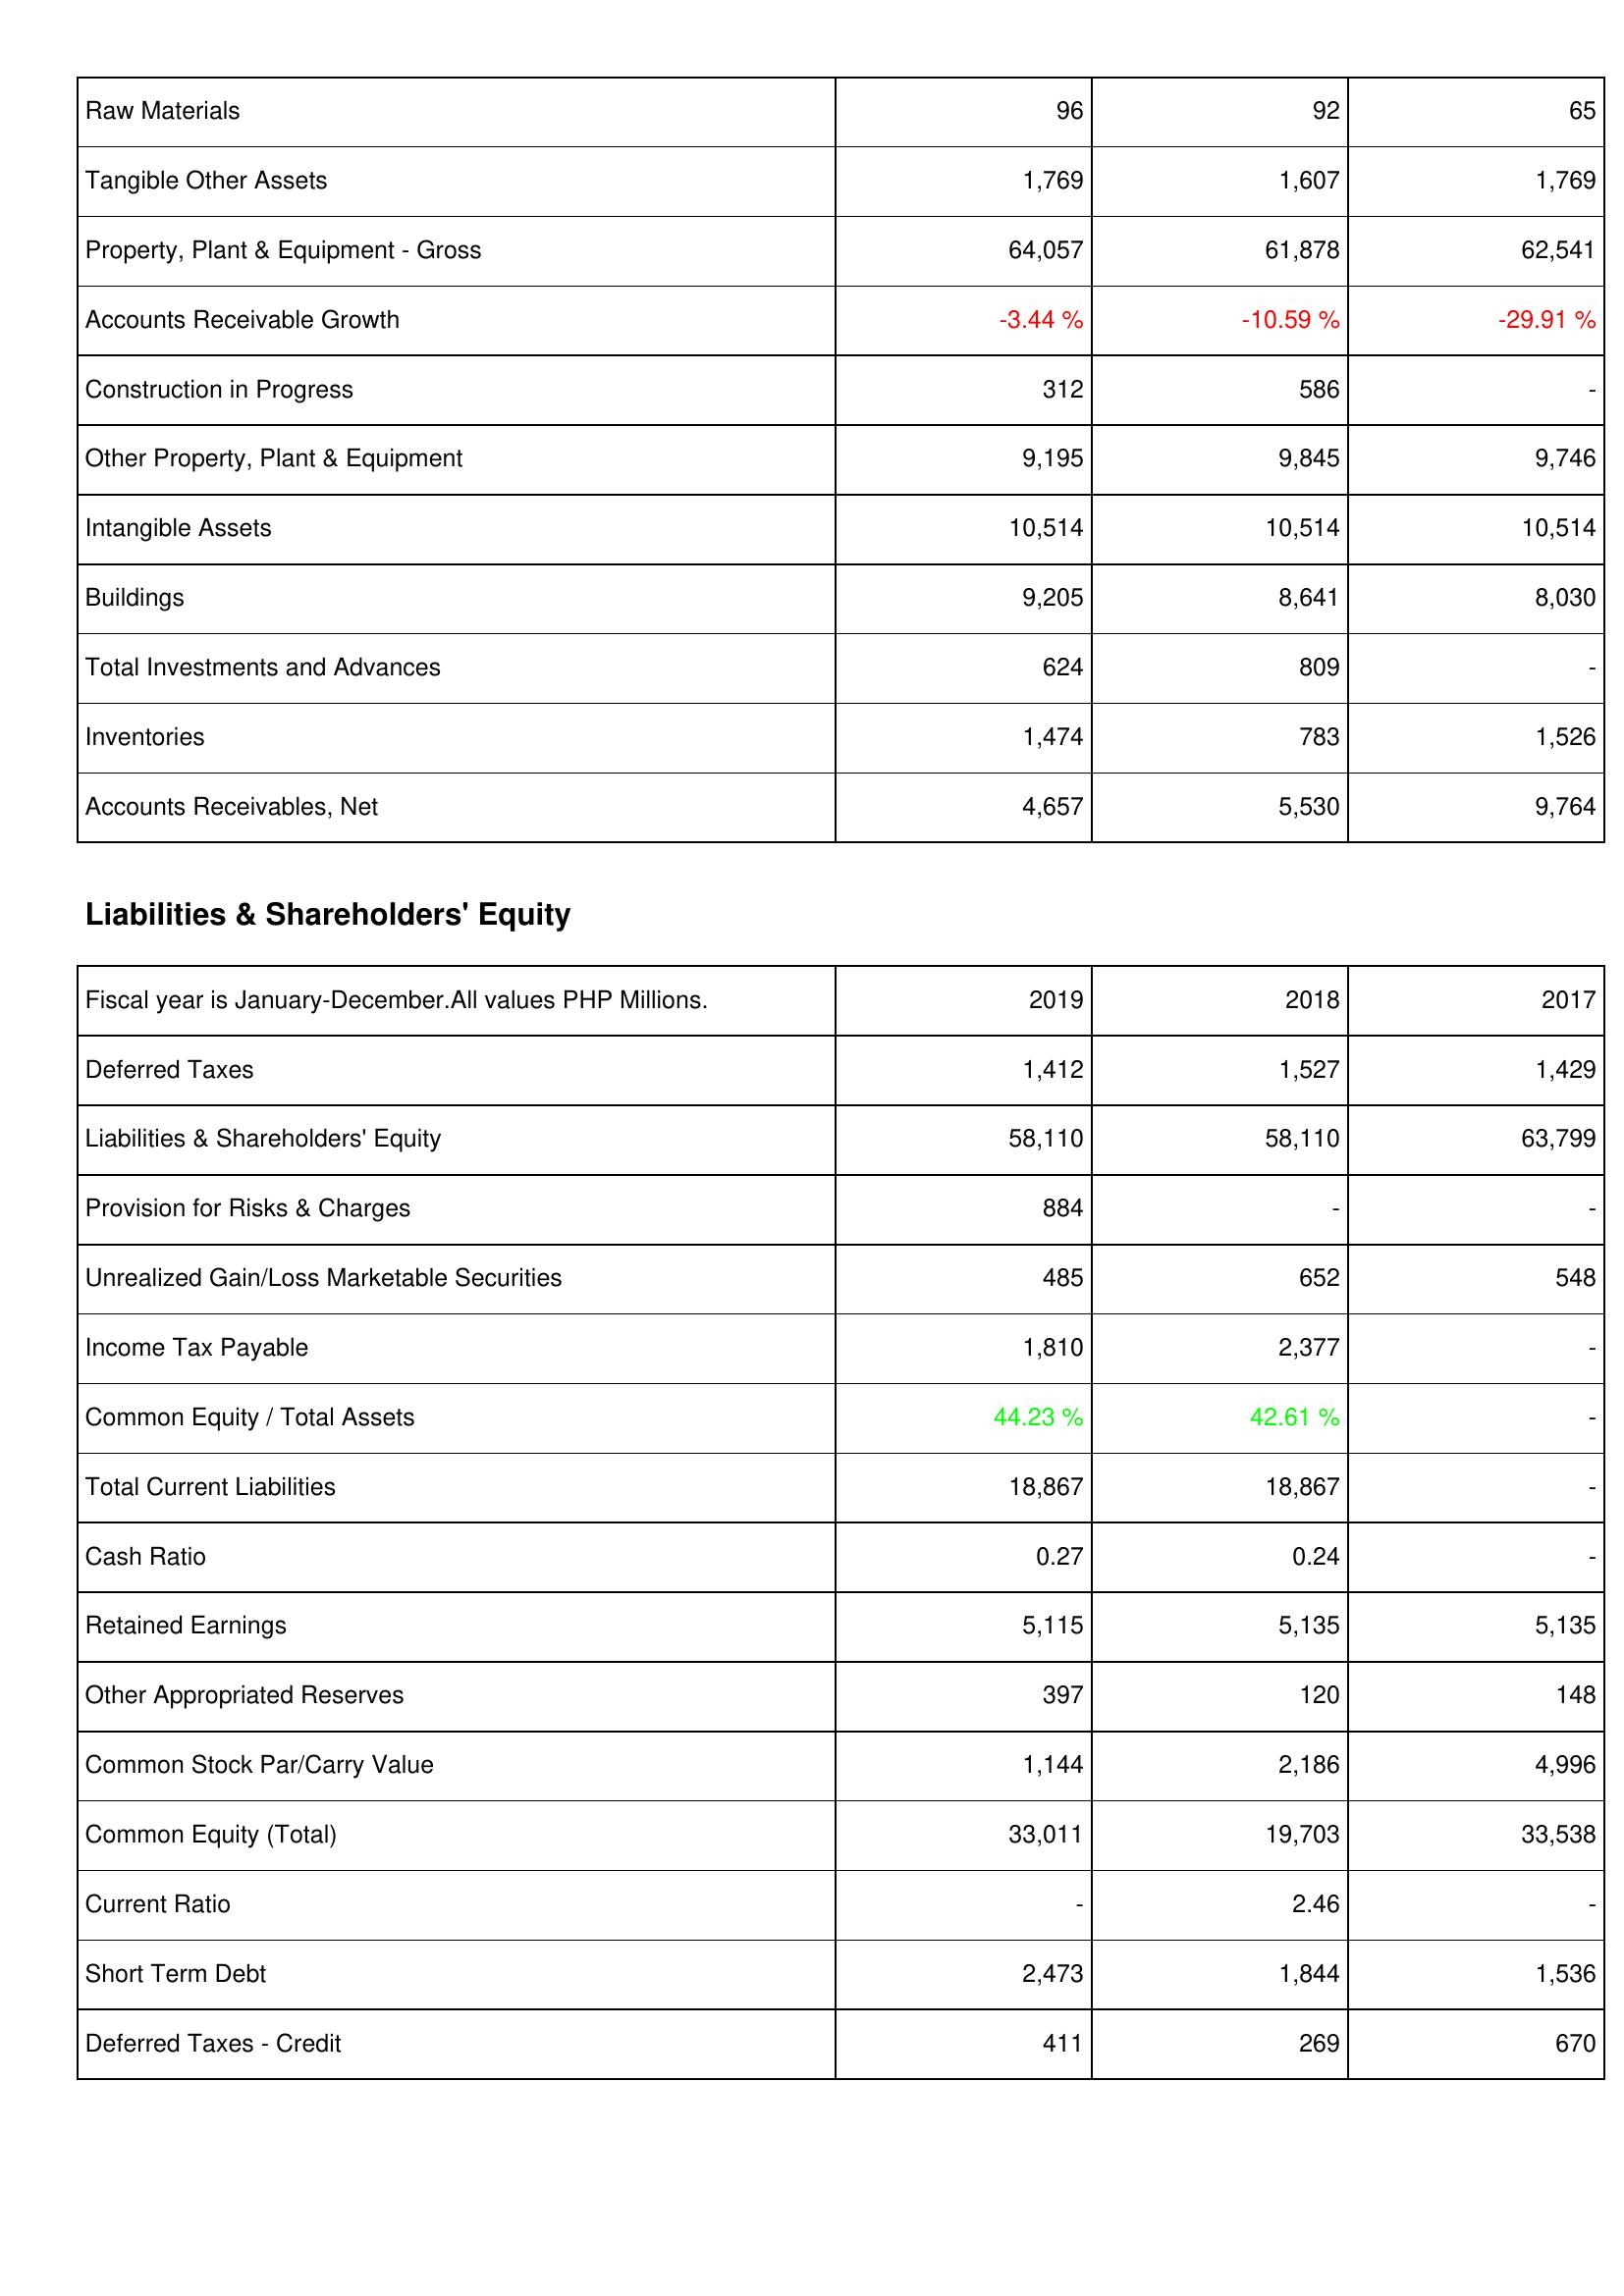
2019: Assets: Raw Materials: 96
Tangible Other Assets: 1,769
Property, Plant & Equipment - Gross: 64,057
Accounts Receivable Growth: -3.44 %
Construction in Progress: 312
Other Property, Plant & Equipment: 9,195
Intangible Assets: 10,514
Buildings: 9,205
Total Investments and Advances: 624
Inventories: 1,474
Accounts Receivables, Net: 4,657
Liabilities & Shareholders' Equity: Deferred Taxes: 1,412
Liabilities & Shareholders' Equity: 58,110
Provision for Risks & Charges: 884
Unrealized Gain/Loss Marketable Securities: 485
Income Tax Payable: 1,810
Common Equity / Total Assets: 44.23 %
Total Current Liabilities: 18,867
Cash Ratio: 0.27
Retained Earnings: 5,115
Other Appropriated Reserves: 397
Common Stock Par/Carry Value: 1,144
Common Equity (Total): 33,011
Current Ratio: -
Short Term Debt: 2,473
Deferred Taxes - Credit: 411
2018: Assets: Raw Materials: 92
Tangible Other Assets: 1,607
Property, Plant & Equipment - Gross: 61,878
Accounts Receivable Growth: -10.59 %
Construction in Progress: 586
Other Property, Plant & Equipment: 9,845
Intangible Assets: 10,514
Buildings: 8,641
Total Investments and Advances: 809
Inventories: 783
Accounts Receivables, Net: 5,530
Liabilities & Shareholders' Equity: Deferred Taxes: 1,527
Liabilities & Shareholders' Equity: 58,110
Provision for Risks & Charges: -
Unrealized Gain/Loss Marketable Securities: 652
Income Tax Payable: 2,377
Common Equity / Total Assets: 42.61 %
Total Current Liabilities: 18,867
Cash Ratio: 0.24
Retained Earnings: 5,135
Other Appropriated Reserves: 120
Common Stock Par/Carry Value: 2,186
Common Equity (Total): 19,703
Current Ratio: 2.46
Short Term Debt: 1,844
Deferred Taxes - Credit: 269
2017: Assets: Raw Materials: 65
Tangible Other Assets: 1,769
Property, Plant & Equipment - Gross: 62,541
Accounts Receivable Growth: -29.91 %
Construction in Progress: -
Other Property, Plant & Equipment: 9,746
Intangible Assets: 10,514
Buildings: 8,030
Total Investments and Advances: -
Inventories: 1,526
Accounts Receivables, Net: 9,764
Liabilities & Shareholders' Equity: Deferred Taxes: 1,429
Liabilities & Shareholders' Equity: 63,799
Provision for Risks & Charges: -
Unrealized Gain/Loss Marketable Securities: 548
Income Tax Payable: -
Common Equity / Total Assets: -
Total Current Liabilities: -
Cash Ratio: -
Retained Earnings: 5,135
Other Appropriated Reserves: 148
Common Stock Par/Carry Value: 4,996
Common Equity (Total): 33,538
Current Ratio: -
Short Term Debt: 1,536
Deferred Taxes - Credit: 670